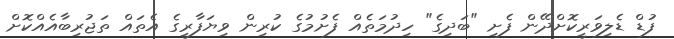
ފުޑް ޑެލިވަރީކޮށްދޭން ފެށި "ބަދިގެ" ހިދުމަތެއް ފެށުމުގެ ކުރިން ވިޔަފާރީގެ އެތައް ތަޖުރިބާއެއްކޮށް